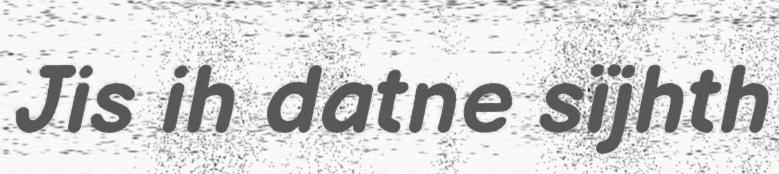
Jis ih datne sïjhth